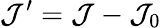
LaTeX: \mathcal J^{\prime}=\mathcal J-\mathcal J_{0}